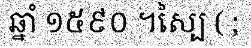
ឆ្នាំ ១៥៩០ ។ស្បៃ ( ;